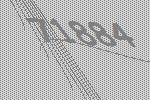
71884